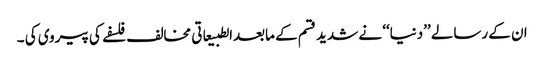
ان کے رسالے ’’دنیا‘‘ نے شدید قسم کے مابعدالطبیعاتی مخالف فلسفے کی پیروی کی ۔